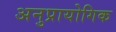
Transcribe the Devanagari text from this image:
अनुप्रायोगिक